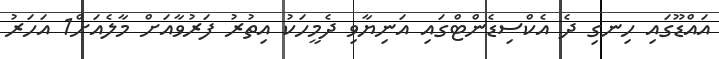
އައްޑޫގައި ހިނގި ދެ އެކްސިޑެންޓްގައި އަނިޔާވި ދެމީހަކު އިތުރު ފަރުވާއަށް މާލެއަށް1 އަހަރު